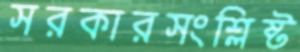
সরকারসংশ্লিষ্ট